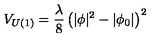
V _ { U ( 1 ) } = \frac { \lambda } { 8 } \left( | \phi | ^ { 2 } - | \phi _ { 0 } | \right) ^ { 2 }